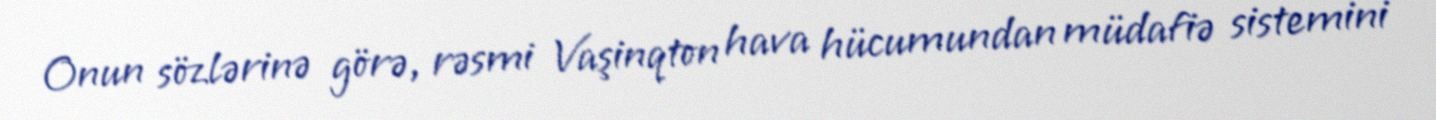
Onun sözlərinə görə, rəsmi Vaşinqton hava hücumundan müdafiə sistemini